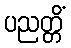
ပညတ္တိံ